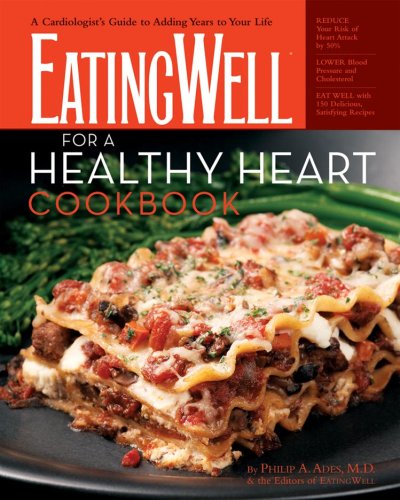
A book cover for The EatingWell for a Healthy Heart Cookbook: 150 Delicious Recipes for Joyful, Heart-Smart Eating (EatingWell Books); Philip A. Ades; Cookbooks, Food & Wine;